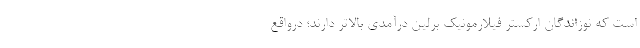
است که نوزاندگان ارکستر فیلارمونیک برلین درآمدی بالاتر دارند؛ درواقع